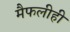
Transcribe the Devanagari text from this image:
मैफलीही